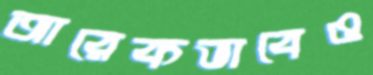
আরেকভাবেও